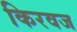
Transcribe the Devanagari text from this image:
किरवज